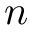
n